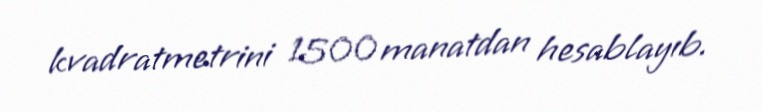
kvadratmetrini 1500 manatdan hesablayıb.